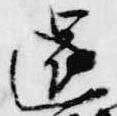
還